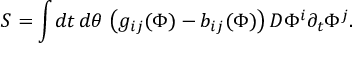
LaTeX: S = \int \! d t \, d \theta \, \left( g _ { i j } ( \Phi ) - b _ { i j } ( \Phi ) \right) D \Phi ^ { i } \partial _ { t } \Phi ^ { j } .